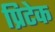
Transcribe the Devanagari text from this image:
प्रिटेक